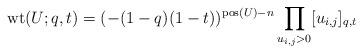
LaTeX: \begin{align*} \operatorname{wt}(U; q ,t) = (-(1-q)(1-t))^{\operatorname{pos}(U) - n} \prod_{u_{i,j} > 0} [u_{i,j}]_{q, t} \end{align*}